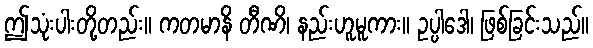
ဤသုံးပါးတို့တည်း။ ကတမာနိ တီဏိ၊ နည်းဟူမူကား။ ဥပ္ပါဒေါ၊ ဖြစ်ခြင်းသည်။